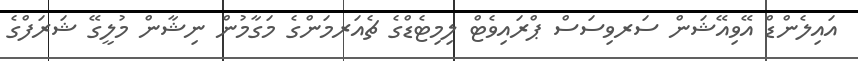
އައިލެންޑް އޭވިއޭޝަން ސަރވިސަސް ޕްރައިވެޓް ލިމިޓެޑްގެ ޗެއަރމަންގެ މަގާމުން ނިޝާން މުލީގޭ ޝަރަފްގެ